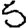
Digit: 5